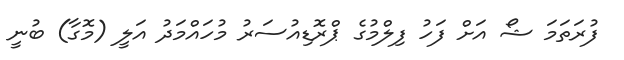
ފުރަތަމަ ޝޯ އަށް ފަހު ފިލްމުގެ ޕްރޮޑިއުސަރު މުހައްމަދު އަލީ (މޮގާ) ބުނީ